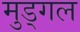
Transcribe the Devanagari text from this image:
मुड्गल